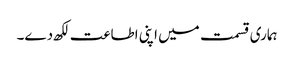
ہماری قسمت میں اپنی اطاعت لکھ دے۔